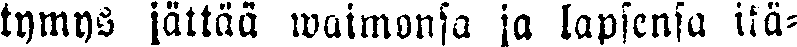
tymys jättää waimonsa ja lapsensa ikä-